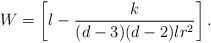
\begin{align*}W=\left[ l-\frac{k}{(d-3)(d-2)lr^{2}}\right] . \end{align*}